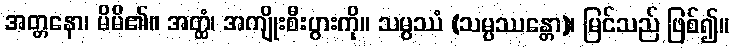
အတ္တနော၊ မိမိ၏။ အတ္ထံ၊ အကျိုးစီးပွားကို။ သမ္ပဿံ (သမ္ပဿန္တော)၊ မြင်သည် ဖြစ်၍။